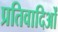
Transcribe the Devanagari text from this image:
प्रतिवादिओं